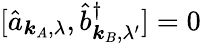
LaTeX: [\hat{a}_{\boldsymbol{k}_{A},\lambda},\hat{b}_{\boldsymbol{k}_{B},\lambda^{\prime}}^{\dagger}]=0